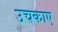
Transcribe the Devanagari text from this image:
उचकाए